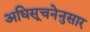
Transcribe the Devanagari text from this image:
अधिसूचनेनुसार